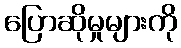
ပြောဆိုမှုများကို